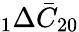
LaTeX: \phantom{}_{1}\Delta\bar{C}_{20}